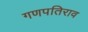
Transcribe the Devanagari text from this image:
गणपतिराव